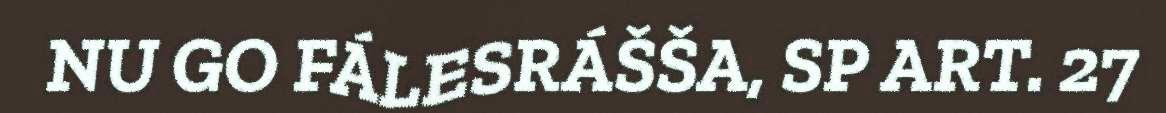
NU GO FÁLESRÁŠŠA, SP ART. 27